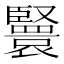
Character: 𦣴